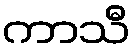
ကာသီ